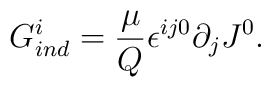
G_{ind}^{i} = \frac{\mu}{Q} {\epsilon}^{ij0} \partial_{j} J^{0}.